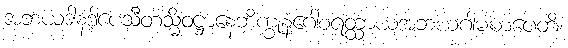
အဘယဒါနဒါပေသီတသ္မိံဝဋ္ဌာနေဘိက္ခုနံဂေါစရတ္ထာယအဘယဂါမံမာပေတိ၊